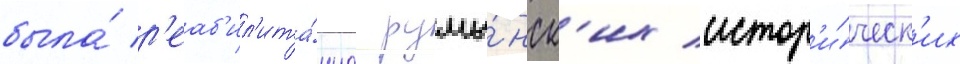
была́ р'еаб'ил'ита́циа румы́нск'их истор'и́ческ'их